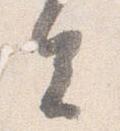
去